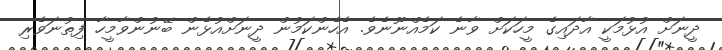
ދީނަށް އުޅުމަކީ އާދައިގެ މީހަކަށް ވާނެ ކަމެއްނޫނެވެ. އެހެންކަމުން ދީނަށްއުޅެން ބޭނުންވާމީހާ ފިތުނަވެރި